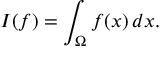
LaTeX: I ( f ) = \int _ { \Omega } f ( x ) \, d x .